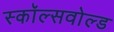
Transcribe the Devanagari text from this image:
स्कॉल्सवोल्ड